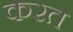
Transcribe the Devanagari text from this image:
करत